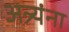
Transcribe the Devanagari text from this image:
अत्र्यंना